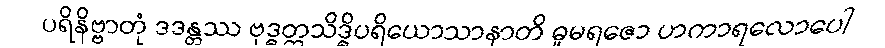
ပရိနိဗ္ဗာတုံ ဒဒန္တဿ ဗုဒ္ဓတ္တသိဒ္ဓိပရိယောသာနာတိ ဓူမရဇော ဟကာရလောပေါ